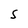
Character: S